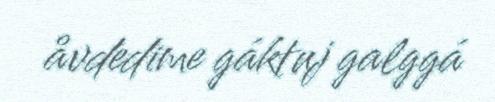
åvdedime gáktuj galggá